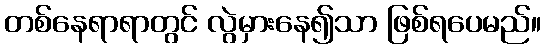
တစ်နေရာရာတွင် လွဲမှားနေ၍သာ ဖြစ်ရပေမည်။